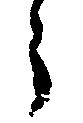
う